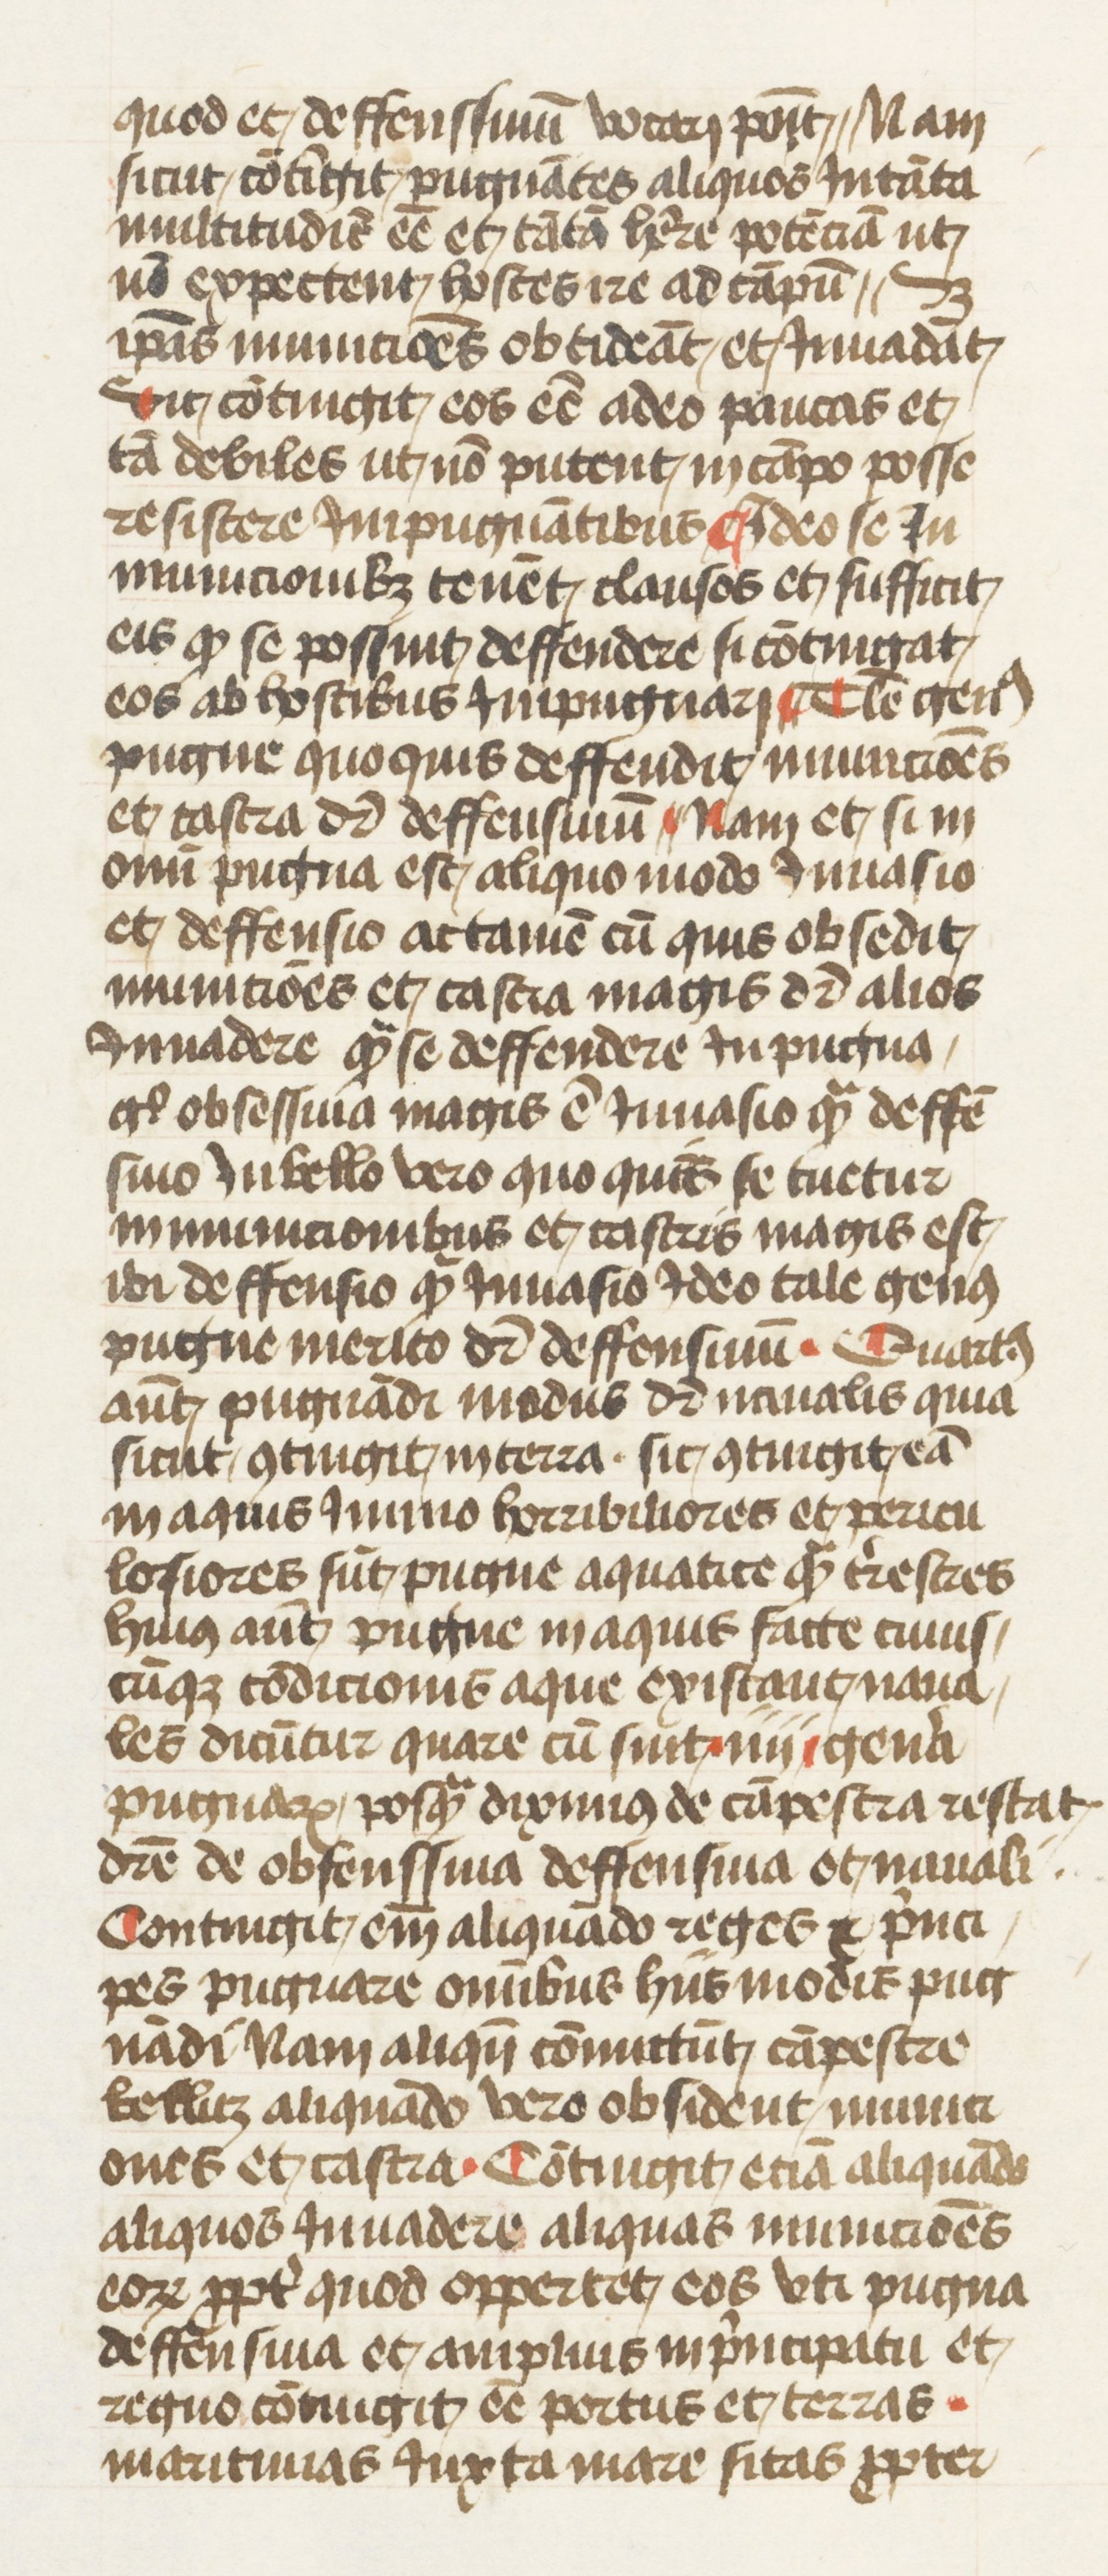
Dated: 1445–1495